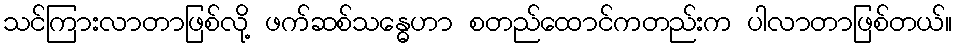
သင်ကြားလာတာဖြစ်လို့ ဖက်ဆစ်သန္ဓေဟာ စတည်ထောင်ကတည်းက ပါလာတာဖြစ်တယ်။